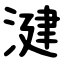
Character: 湕